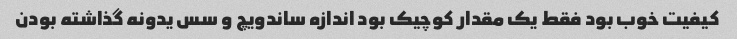
کیفیت خوب بود فقط یک مقدار کوچیک بود اندازه ساندویچ و سس یدونه گذاشته بودن